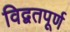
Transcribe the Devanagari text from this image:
विद्वतपूर्ण